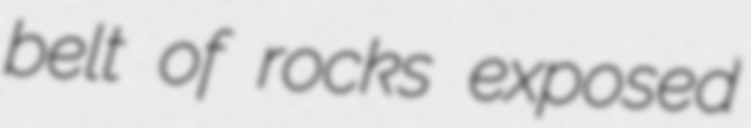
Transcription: belt of rocks exposed